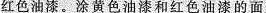
红色油漆。涂黄色油漆和红色油漆的面